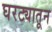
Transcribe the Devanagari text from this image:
घरट्यातून